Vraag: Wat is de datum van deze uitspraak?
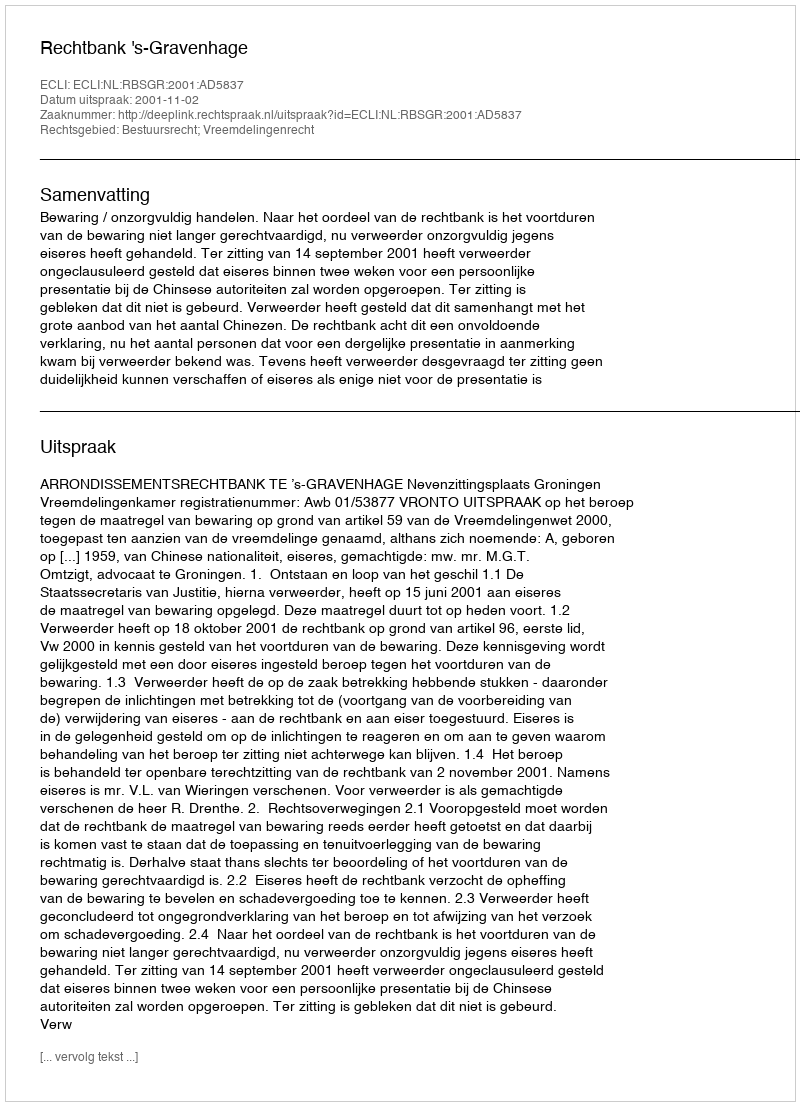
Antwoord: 2001-11-02